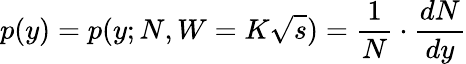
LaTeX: p(y)=p(y;N,W=K\sqrt{s})=\frac{1}{N}\cdot\frac{dN}{dy}